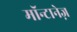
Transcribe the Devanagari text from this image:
मॉन्टानेज़